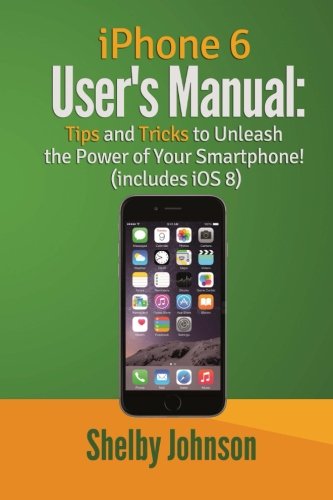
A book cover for iPhone 6 User's Manual: Tips & Tricks to Unleash the Power of Your Smartphone!; Shelby Johnson; Engineering & Transportation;